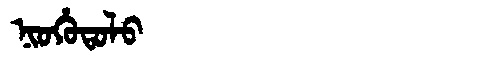
Manchu: ᠨᡳᠣᡥᡠᡨᠣᠯᠣ
Romanization: NIOHUTOLO